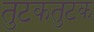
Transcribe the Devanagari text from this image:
तुटकतुटक